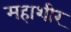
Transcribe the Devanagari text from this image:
महाशीर